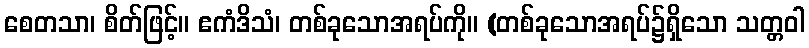
စေတသာ၊ စိတ်ဖြင့်။ ဧကံဒိသံ၊ တစ်ခုသောအရပ်ကို။ (တစ်ခုသောအရပ်၌ရှိသော သတ္တဝါ